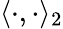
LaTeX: \langle\cdot,\cdot\rangle_{2}